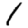
Digit: 1